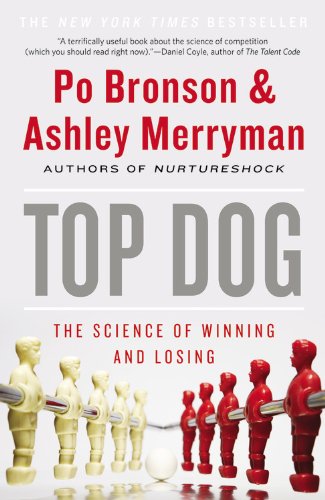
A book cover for Top Dog: The Science of Winning and Losing; Po Bronson; Business & Money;